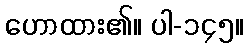
ဟောထား၏။ ပါ-၁၄၅။